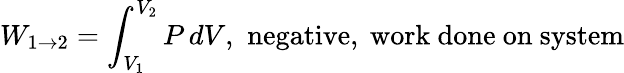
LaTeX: W_{1\to 2}=\int_{V_{1}}^{V_{2}}P\, dV,\, \, {\mathrm{negative,~work~done~on~system}}